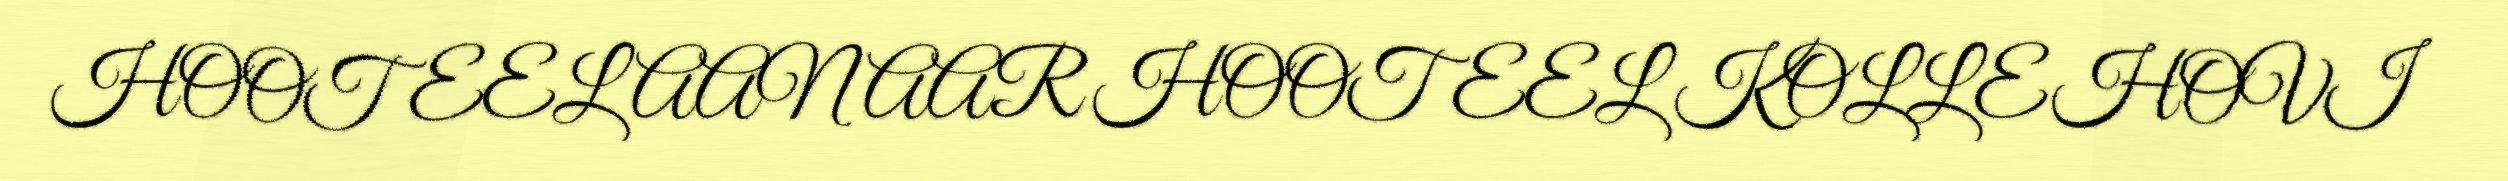
HOOTEEL AANAAR HOOTEEL KOLLEHOVI